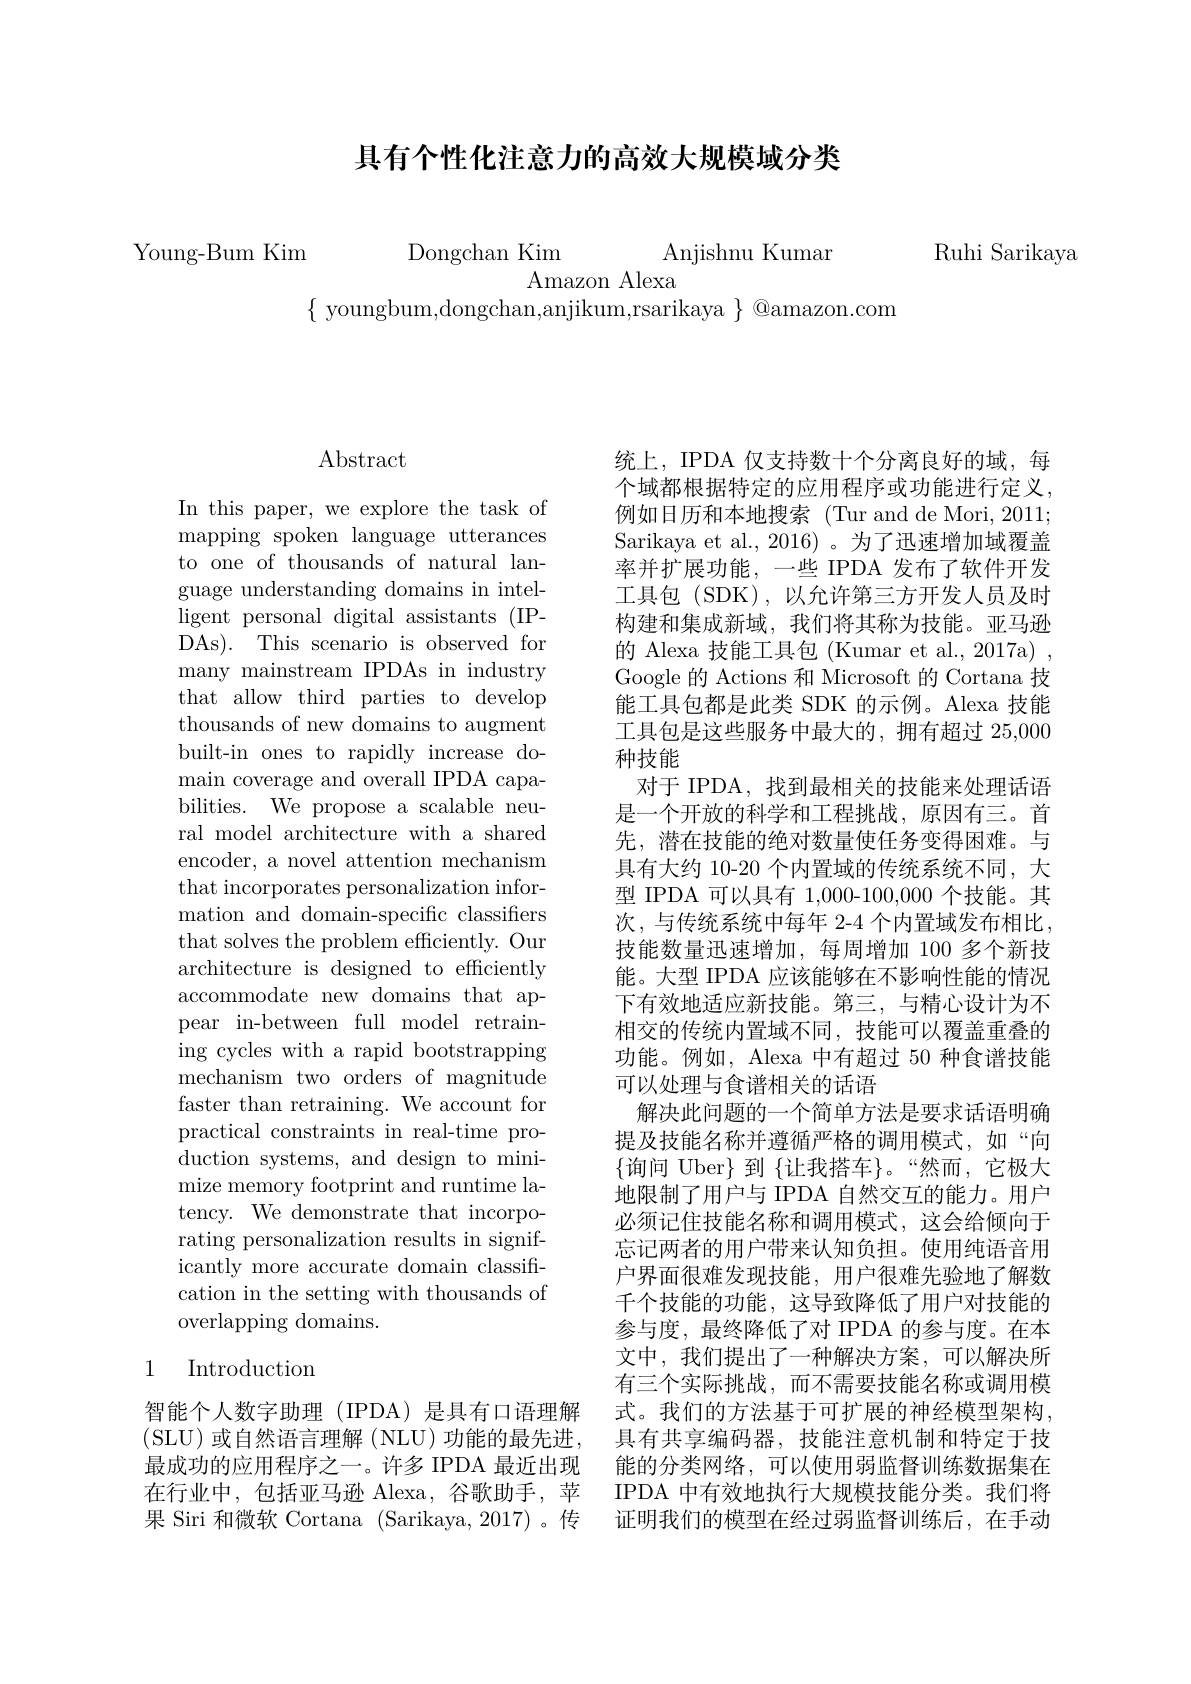
## 具有个性化注意力的高效大规模域分类

Ruhi Sarikaya

Young-Bum Kim Dongchan Kim Anjishnu Kuman

Amazon Alexa
$\{$ youngbum,dongchan,anjikum,rsarikaya $\}$ @amazon.com

## $\operatorname{Abstract}$

In this paper, we explore the task of mapping spoken language utterances to one of thousands of natural language understanding domains in intelligent personal digital assistants (IPDAs). This scenario is observed for many mainstream IPDAs in industry that allow third parties to develop thousands of new domains to augment built-in ones to rapidly increase domain coverage and overall IPDA capabilities. We propose a scalable neural model architecture with a shared encoder, a novel attention mechanism that incorporates personalization information and domain-specific classifiers that solves the problem efficiently. Our architecture is designed to efficiently accommodate new domains that appear in-between full model retraining cycles with a rapid bootstrapping mechanism two orders of magnitude faster than retraining. We account for practical constraints in real-time production systems, and design to minimize memory footprint and runtime latency. We demonstrate that incorporating personalization results in significantly more accurate domain classification in the setting with thousands of overlapping domains.

## 1 Introduction

统上，IPDA 仅支持数十个分离良好的域，每个域都根据特定的应用程序或功能进行定义， 例如日历和本地搜索 (Tur and de Mori, 2011; Sarikaya et al., 2016) 。为了迅速增加域覆盖率并扩展功能，一些 IPDA 发布了软件开发工具包 (SDK), 以允许第三方开发人员及时构建和集成新域，我们将其称为技能。亚马逊的 Alexa 技能工具包 (Kumar et al., 2017a) , Google 的 Actions 和 Microsoft 的 Cortana 技能工具包都是此类 SDK 的示例。Alexa 技能工具包是这些服务中最大的，拥有超过 25,000种技能
对于 IPDA, 找到最相关的技能来处理话语是一个开放的科学和工程挑战，原因有三。首先，潜在技能的绝对数量使任务变得困难。与具有大约 10-20 个内置域的传统系统不同，大型 IPDA 可以具有 1,000-100,000 个技能。其次，与传统系统中每年 2-4 个内置域发布相比， 技能数量迅速增加，每周增加 100 多个新技能。大型 IPDA 应该能够在不影响性能的情况下有效地适应新技能。第三，与精心设计为不相交的传统内置域不同，技能可以覆盖重叠的功能。例如，Alexa 中有超过 50 种食谱技能可以处理与食谱相关的话语
解决此问题的一个简单方法是要求话语明确提及技能名称并遵循严格的调用模式，如“向$\{$询问 Uber$\}$ 到 $\{$让我搭车$\}$。“然而，它极大地限制了用户与 IPDA 自然交互的能力。用户必须记住技能名称和调用模式，这会给倾向于忘记两者的用户带来认知负担。使用纯语音用户界面很难发现技能，用户很难先验地了解数千个技能的功能，这导致降低了用户对技能的参与度，最终降低了对 IPDA 的参与度。在本文中，我们提出了一种解决方案，可以解决所有三个实际挑战，而不需要技能名称或调用模
智能个人数字助理 (IPDA) 是具有口语理解 式。我们的方法基于可扩展的神经模型架构， (SLU)或自然语言理解(NLU)功能的最先进，具有共享编码器，技能注意机制和特定于技最成功的应用程序之一。许多 IPDA 最近出现 能的分类网络，可以使用弱监督训练数据集在在行业中，包括亚马逊 Alexa, 谷歌助手，苹 IPDA 中有效地执行大规模技能分类。我们将果 Siri 和微软 Cortana (Sarikaya, 2017)。传 证明我们的模型在经过弱监督训练后，在手动